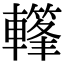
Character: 𨎳